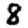
Digit: 8